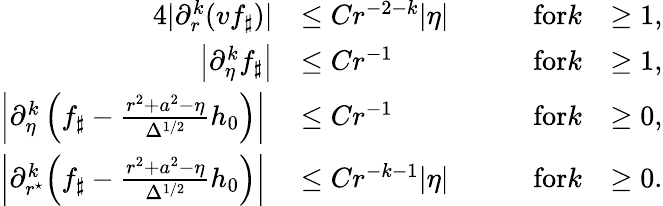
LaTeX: \begin{array}{rlrl}{{4}|\partial_{r}^{k}(vf_{\sharp})|}&{\leq Cr^{-2-k}|\eta|\qquad}&{\textrm{for}k}&{\geq 1,}\\ {\left|\partial_{\eta}^{k}f_{\sharp}\right|}&{\leq Cr^{-1}\qquad}&{\textrm{for}k}&{\geq 1,}\\ {\left|\partial_{\eta}^{k}\left(f_{\sharp}-\frac{r^{2}+a^{2}-\eta}{\Delta^{1/2}}h_{0}\right)\right|\ }&{\leq Cr^{-1}\qquad}&{\textrm{for}k}&{\geq 0,}\\ {\left|\partial_{r^{\star}\! }^{k}\left(f_{\sharp}-\frac{r^{2}+a^{2}-\eta}{\Delta^{1/2}}h_{0}\right)\right|\ }&{\leq Cr^{-k-1}|\eta|\qquad}&{\textrm{for}k}&{\geq 0.}\end{array}